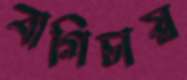
বাগিচায়